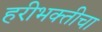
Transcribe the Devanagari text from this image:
हरीभक्तीचा